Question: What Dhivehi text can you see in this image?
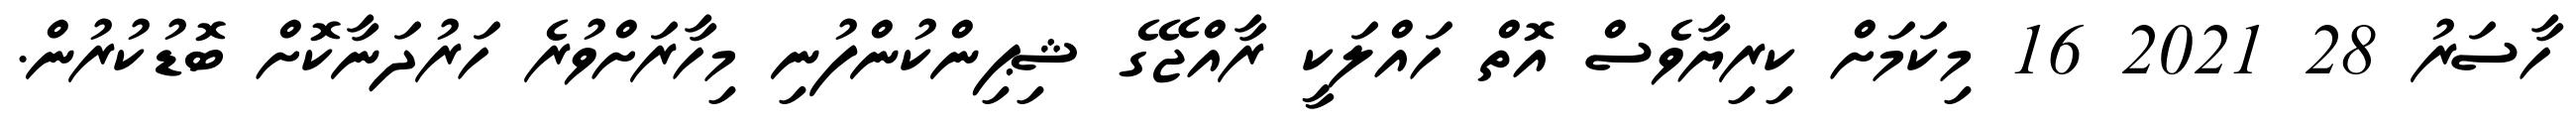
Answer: ހާސަރު 28 2021 16 މިކަމަށް ކިރިޔާވެސް އޮތް ހައްލަކީ ރާއްޖޭގެ ޝިޕިންކުންފުނި މިހާރަށްވުރެ ހަރުދަނާކޮށް ބޮޑުކުރުން.